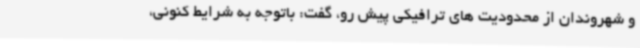
و شهروندان از محدودیت های ترافیکی پیش رو، گفت: باتوجه به شرایط کنونی،